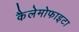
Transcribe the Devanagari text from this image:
कैलेमोफाइटा